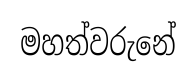
මහත්වරුනේ